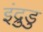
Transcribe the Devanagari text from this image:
इंद्रुडु